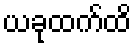
ယခုထက်ထိ